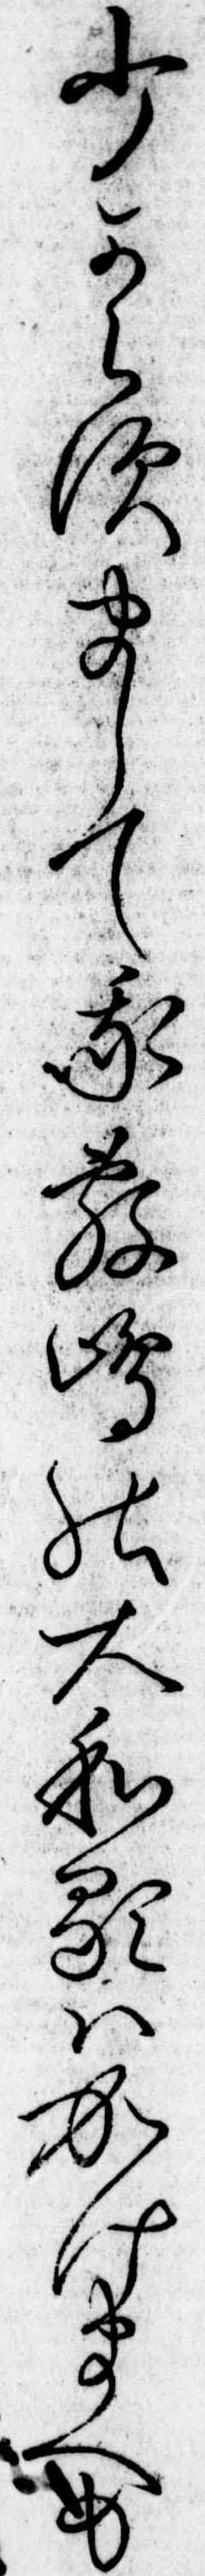
少からすまして我敷島の大和歌はかけまくも